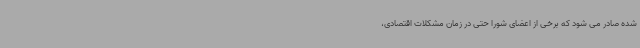
شده صادر می شود که برخی از اعضای شورا حتی در زمان مشکلات اقتصادی،